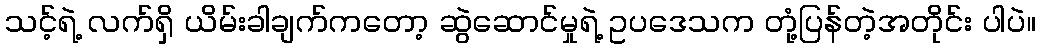
သင့်ရဲ့ လက်ရှိ ယိမ်းခါချက်ကတော့ ဆွဲဆောင်မှုရဲ့ ဥပဒေသက တုံ့ပြန်တဲ့အတိုင်း ပါပဲ။